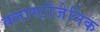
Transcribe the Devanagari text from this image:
क्लास्टोजेनिक